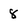
Character: 8